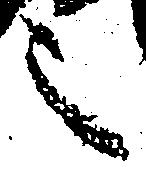
之